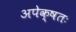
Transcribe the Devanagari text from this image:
अपेक्षतः